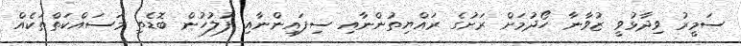
ސަމީރު ވިދާޅުވީ ޒުވާނާ ހޯދުމަށް ރަށުގެ ރައްޔިތުންނާއި ސިފައިންނާއި ފުލުހުން ބޮޑެތި މަސައްކަތްތަކެއް